Annual administration report of the Civil Veterinary Department of India - 1896-1897
Year: 1896
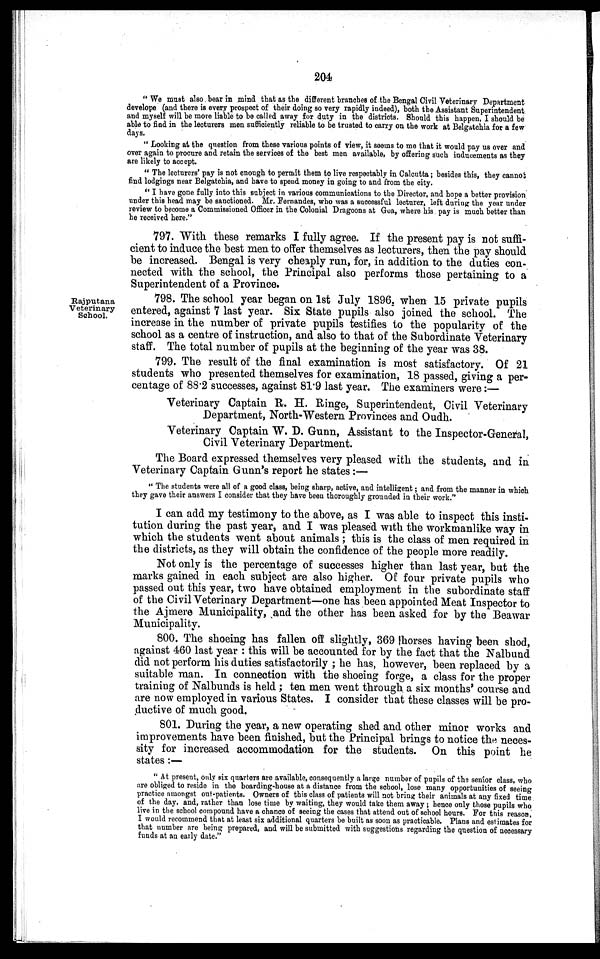
204
" We must also bear in mind that as the different branches of the Bengal Civil Veterinary Department
develope (and there is every prospect of their doing so very rapidly indeed), both the Assistant Superintendent
and myself will be more liable to be called away for duty in the districts. Should this happen, I should be
able to find in the lecturers men sufficiently reliable to be trusted to carry on the work at Belgatchia for a few
days.
" Looking at the question from these various points of view, it seems to me that it would pay us over and
over again to procure and retain the services of the best men available, by offering such inducements as they
are likely to accept.
" The lecturers' pay is not enough to permit them to live respectably in Calcutta; besides this, they cannot
find lodgings near Belgatchia, and have to spend money in going to and from the city.
" I have gone fully into this subject in various communications to the Director, and hope a better provision
under this head may be sanctioned. Mr. Fernandes, who was a successful lecturer, left during the year under
review to become a Commissioned Officer in the Colonial Dragoons at Goa, where his pay is much better than
he received here."
797. With these remarks I fully agree. If the present pay is not suffi-
cient to induce the best men to offer themselves as lecturers, then the pay should
be increased. Bengal is very cheaply run, for, in addition to the duties con-
nected with the school, the Principal also performs those pertaining to a
Superintendent of a Province.
Rajputana
Veterinary
School.
798. The school year began on 1st July 1896, when 15 private pupils
entered, against 7 last year. Six State pupils also joined the school. The
increase in the number of private pupils testifies to the popularity of the
school as a centre of instruction, and also to that of the Subordinate Veterinary
staff. The total number of pupils at the beginning of the year was 38.
799. The result of the final examination is most satisfactory. Of 21
students who presented themselves for examination, 18 passed, giving a per-
centage of 88.2 successes, against 81.9 last year. The examiners were:—
Veterinary Captain R. H. Ringe, Superintendent, Civil Veterinary
Department, North-Western Provinces and Oudh.
Veterinary Captain W. D. Gunn, Assistant to the Inspector-General,
Civil Veterinary Department.
The Board expressed themselves very pleased with the students, and in
Veterinary Captain Gunn's report he states:—
" The students were all of a good class, being sharp, active, and intelligent; and from the manner in which
they gave their answers I consider that they have been thoroughly grounded in their work."
I can add my testimony to the above, as I was able to inspect this insti-
tution during the past year, and I was pleased with the workmanlike way in
which the students went about animals; this is the class of men required in
the districts, as they will obtain the confidence of the people more readily.
Not only is the percentage of successes higher than last year, but the
marks gained in each subject are also higher. Of four private pupils who
passed out this year, two have obtained employment in the subordinate staff
of the Civil Veterinary Department—one has been appointed Meat Inspector to
the Ajmere Municipality, and the other has been asked for by the Beawar
Municipality.
800. The shoeing has fallen off slightly, 369 horses having been shod,
against 460 last year: this will be accounted for by the fact that the Nalbund
did not perform his duties satisfactorily; he has, however, been replaced by a
suitable man. In connection with the shoeing forge, a class for the proper
training of Nalbunds is held; ten men went through a six months' course and
are now employed in various States. I consider that these classes will be pro-
ductive of much good.
801. During the year, a new operating shed and other minor works and
improvements have been finished, but the Principal brings to notice the neces-
sity for increased accommodation for the students. On this point he
states :—
" At present, only six quarters are available, consequently a large number of pupils of the senior class, who
are obliged to reside in the boarding-house at a distance from the school, lose many opportunities of seeing
practice amongst out-patients. Owners of this class of patients will not bring their animals at any fixed time
of the day, and, rather than lose time by waiting, they would take them away; hence only those pupils who
live in the school compound have a chance of seeing the cases that attend out of school hours. For this reason,
I would recommend that at least six additional quarters be built as soon as practicable. Plans and estimates for
that number are being prepared, and will be submitted with suggestions regarding the question of necessary
funds at an early date."